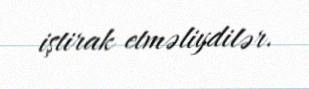
iştirak etməliydilər.